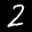
Label: 2